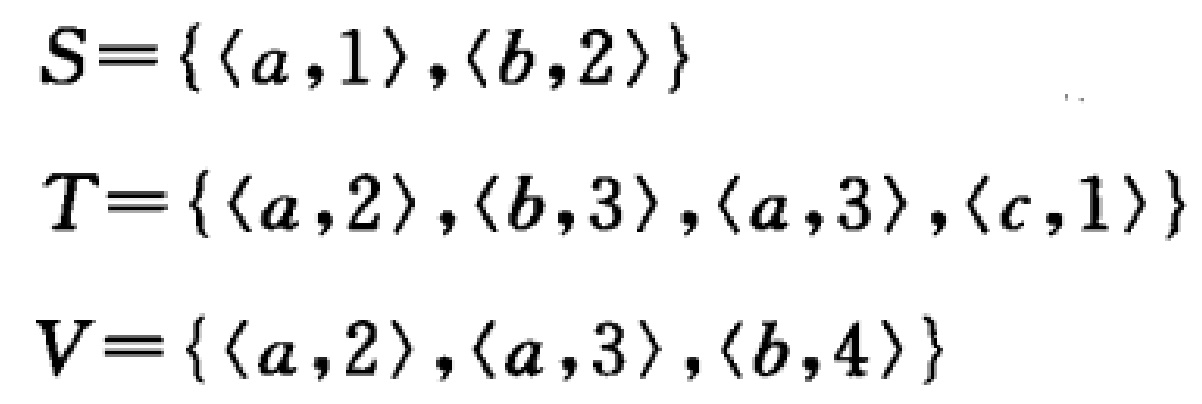
\[

\begin{align*}

S&=\{\langle a,1\rangle,\langle b,2\rangle\}\\

T&=\{\langle a,2\rangle,\langle b,3\rangle,\langle a,3\rangle,\langle c,1\rangle\}\\

V&=\{\langle a,2\rangle,\langle a,3\rangle,\langle b,4\rangle\}

\end{align*}

\]